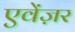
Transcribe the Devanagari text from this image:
एवेंज़र